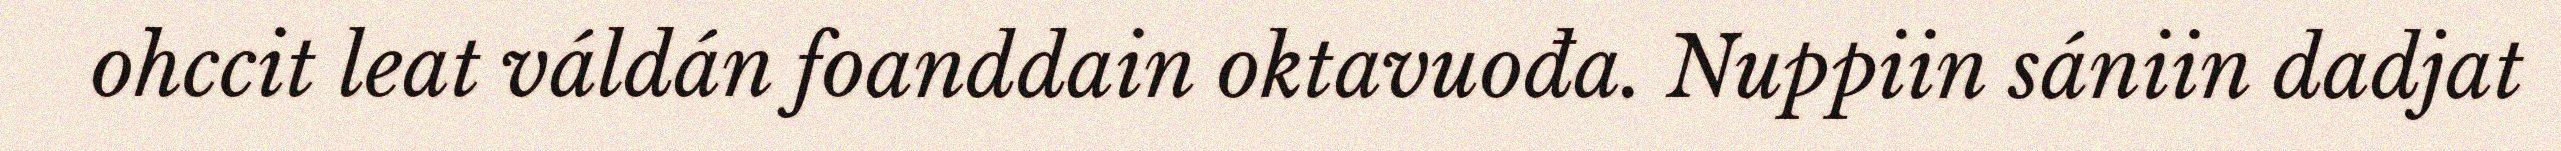
ohccit leat váldán foanddain oktavuođa. Nuppiin sániin dadjat